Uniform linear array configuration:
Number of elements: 32
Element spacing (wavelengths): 0.5
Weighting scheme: exponential
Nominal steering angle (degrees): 60
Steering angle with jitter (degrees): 58.655
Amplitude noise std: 0.05
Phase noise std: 0.05

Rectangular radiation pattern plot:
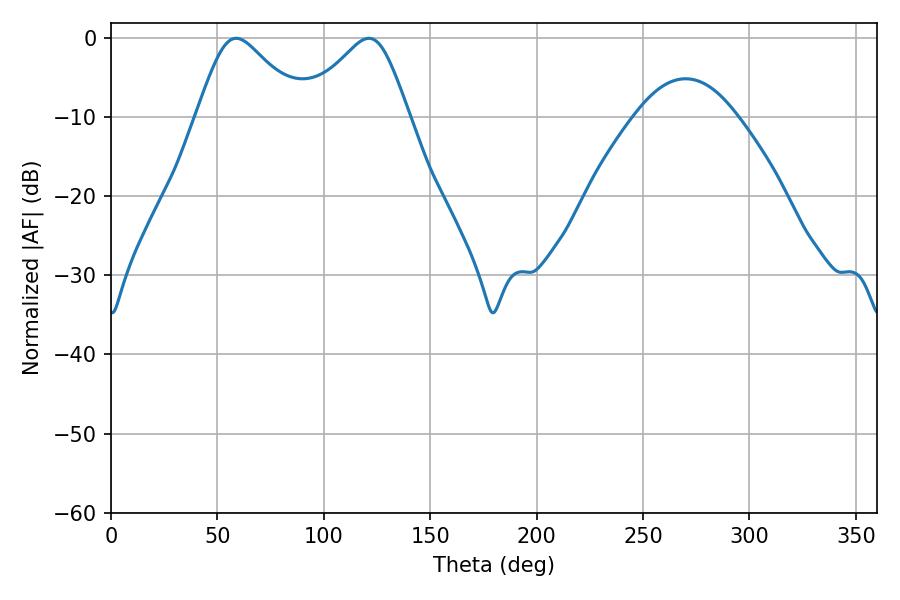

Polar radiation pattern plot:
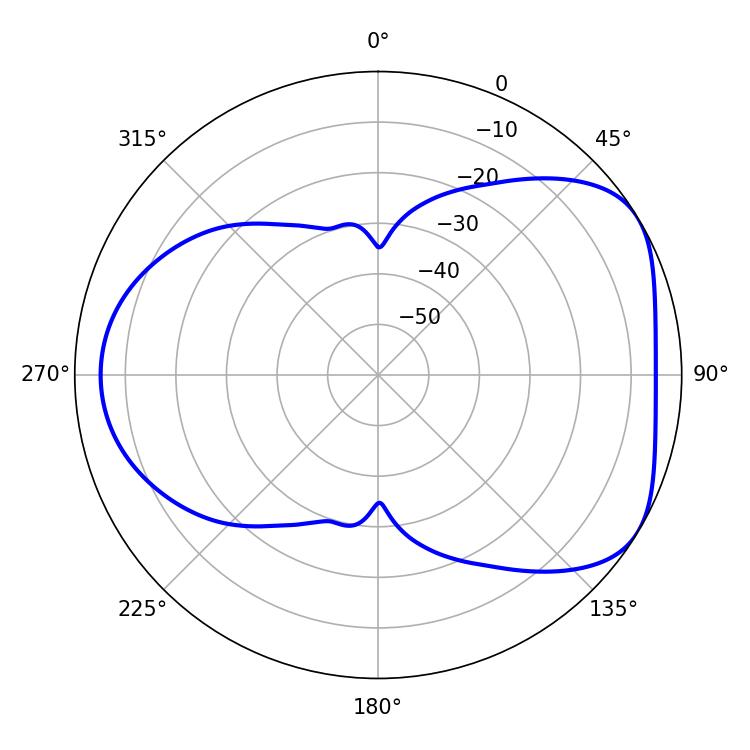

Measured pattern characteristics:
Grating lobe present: FALSE
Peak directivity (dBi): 4.903
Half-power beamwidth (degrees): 24.3
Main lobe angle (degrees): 58.86